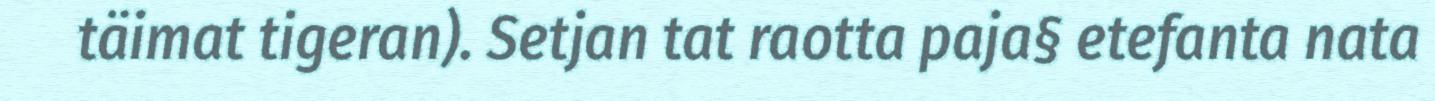
täimat tigeran). Setjan tat raotta paja§ etefanta nata